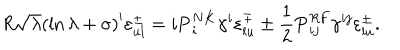
R \sqrt { \lambda } \left( \ln { \lambda } + \sigma \right) ^ { \prime } \varepsilon _ { u l } ^ { \pm } = i { \bf P } _ { i } ^ { N K } \gamma ^ { i } \varepsilon _ { l u } ^ { \mp } \pm { \frac { 1 } { 2 } } { \bf P } _ { i j } ^ { R F } \gamma ^ { i j } \varepsilon _ { l u } ^ { \pm } .